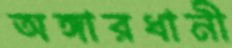
অঙ্গারধানী